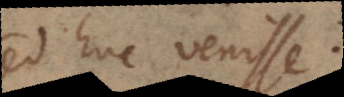
sed huc venisse.